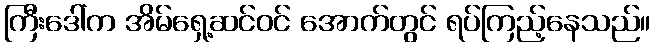
ကြီးဒေါ်က အိမ်ရှေ့ဆင်ဝင် အောက်တွင် ရပ်ကြည့်နေသည်။